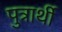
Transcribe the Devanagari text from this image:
पुत्रार्थी